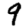
Digit: 9